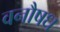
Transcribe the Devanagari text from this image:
वनौषध